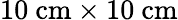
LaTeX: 10\ \mathrm{cm}\times 10\ \mathrm{cm}